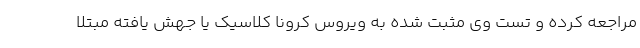
مراجعه کرده و تست وی مثبت شده به ویروس کرونا کلاسیک یا جهش یافته مبتلا